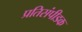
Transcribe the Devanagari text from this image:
प्रतिसंपीडक